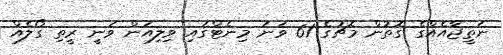
ނަތީޖާއެއްގެ ގޮތުން މެޗުގެ 61 ވަނަ މިނެޓްގައި ވިލިއަން ވަނީ ރީތި ގޯލެއް